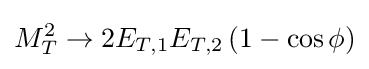
M_{T}^{2}\rightarrow 2E_{T,1}E_{T,2}\left(1-\cos \phi \right)